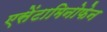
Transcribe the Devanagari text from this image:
एसेंटामिनोफेन